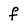
Character: f